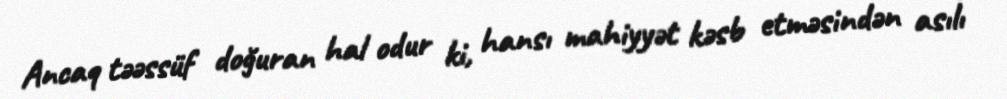
Ancaq təəssüf doğuran hal odur ki, hansı mahiyyət kəsb etməsindən asılı